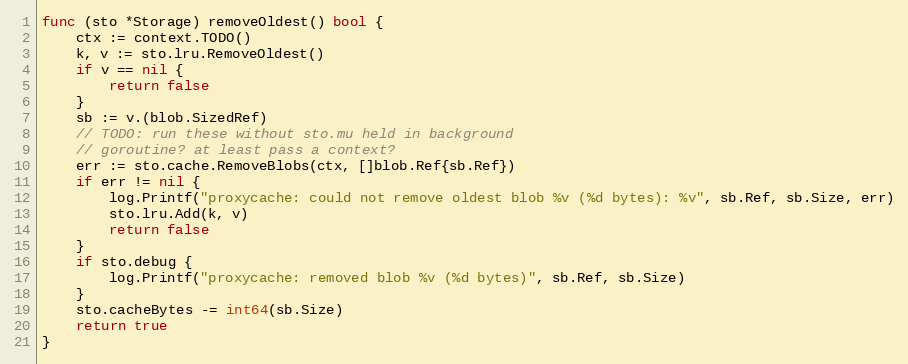
Language: Go
func (sto *Storage) removeOldest() bool {
	ctx := context.TODO()
	k, v := sto.lru.RemoveOldest()
	if v == nil {
		return false
	}
	sb := v.(blob.SizedRef)
	// TODO: run these without sto.mu held in background
	// goroutine? at least pass a context?
	err := sto.cache.RemoveBlobs(ctx, []blob.Ref{sb.Ref})
	if err != nil {
		log.Printf("proxycache: could not remove oldest blob %v (%d bytes): %v", sb.Ref, sb.Size, err)
		sto.lru.Add(k, v)
		return false
	}
	if sto.debug {
		log.Printf("proxycache: removed blob %v (%d bytes)", sb.Ref, sb.Size)
	}
	sto.cacheBytes -= int64(sb.Size)
	return true
}